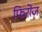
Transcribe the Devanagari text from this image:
फिरॊज